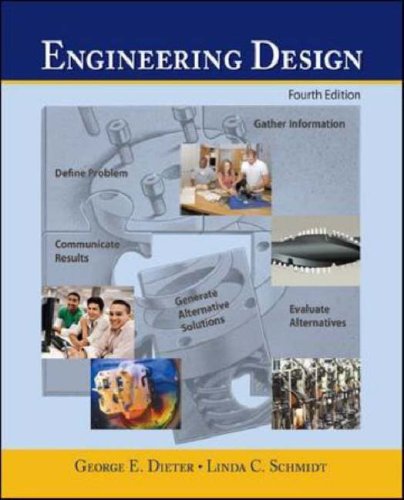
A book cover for Engineering Design (Engineering Series); George Dieter; Engineering & Transportation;